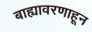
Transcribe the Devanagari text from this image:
बाह्यावरणाहून